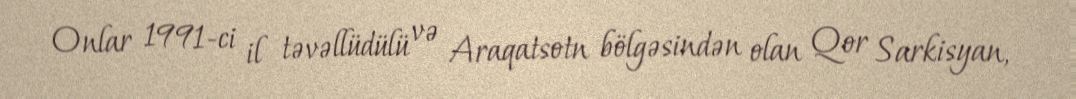
Onlar 1991-ci il təvəllüdülü və Araqatsotn bölgəsindən olan Qor Sarkisyan,